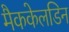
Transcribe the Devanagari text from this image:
मैककेलडिन